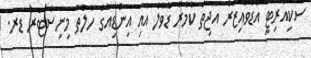
ސެކިއުރިޓީ އެޑްވައިޒަރު އަޖިތް ކުމާރު ޑޮވާލް އާއި އިންޑިއާގެ ހެލްތް މިނިސްޓަރު ޑރ.